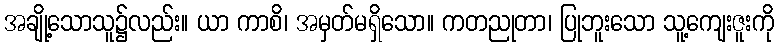
အချို့သောသူ၌လည်း။ ယာ ကာစိ၊ အမှတ်မရှိသော။ ကတညုတာ၊ ပြုဘူးသော သူ့ကျေးဇူးကို